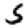
Digit: 5